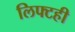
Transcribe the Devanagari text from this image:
लिफ्टही